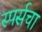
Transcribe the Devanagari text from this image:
स्पर्सचा